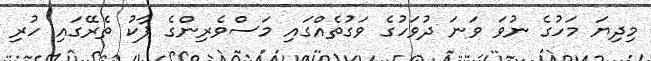
މިދިޔަ މަހުގެ ނުވަ ވަނަ ދުވަހުގެ ވަގުތެއްގައި މަސްވެރިންގެ ޕާކު ތެރޭގައި ހުރި